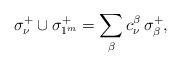
LaTeX: \begin{align*}\sigma_\nu^+ \cup \sigma_{1^m}^+ = \sum_{\beta} c_{\nu}^\beta \,\sigma_\beta^+,\end{align*}